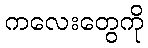
ကလေးတွေကို